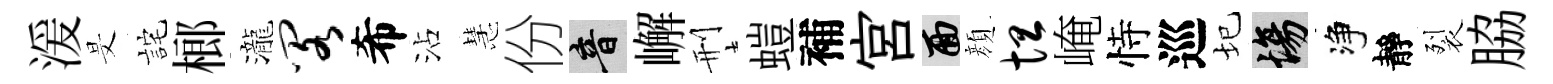
湲旻詫榔瀧阁希沾慧份音嶰刑螘補宫面顔坦崦恃巡圮場净靜裂脇